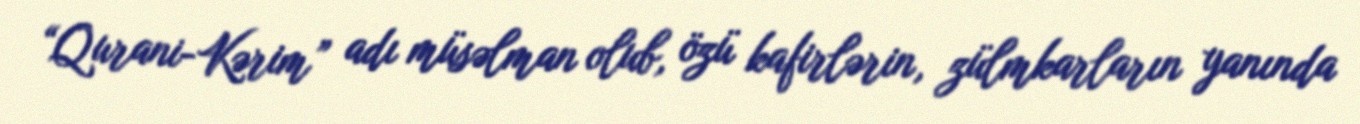
“Qurani-Kərim” adı müsəlman olub, özü kafirlərin, zülmkarların yanında